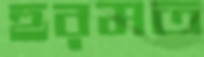
হুরমত